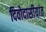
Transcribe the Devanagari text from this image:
दिवोदासीयांत